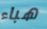
هباء